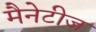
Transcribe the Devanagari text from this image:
मैनेटीज